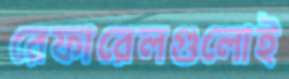
রেফারেলগুলোই